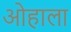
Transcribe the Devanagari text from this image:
ओहाला